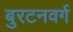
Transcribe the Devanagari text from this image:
बुरटनवर्ग